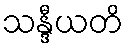
သန္ဒီယတိ